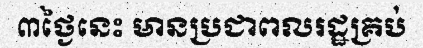
៣ថ្ងៃនេះ មានប្រជាពលរដ្ឋគ្រប់